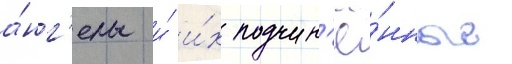
а́нг'елы и́ и́х подчин'ё́нные